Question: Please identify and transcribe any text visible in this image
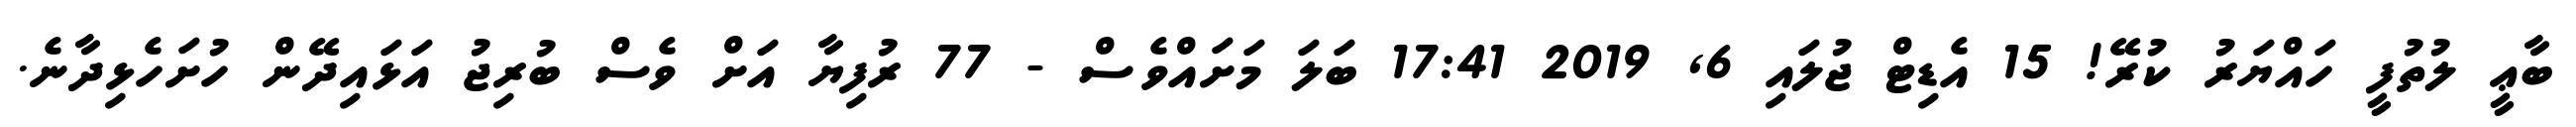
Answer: ބާޢީ ލުތުފީ ހައްޔަރު ކުރޭ! 15 އެޑިޓް ޖުލައި 6, 2019 17:41 ބަލަ މަށައްވެސް - 77 ރުފިޔާ އަށް ވެސް ބުރިޖު އަޅައިދޭން ހުށަހެޅިދާނެ.